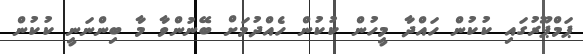
ޕަމްޕޫރުގައި ކުކުން ހައްދާ މީހުން ކުކުން ހެއްދުމަށް ބޭނުންވާ މާ ބިންނަނީ ކުކުން